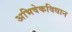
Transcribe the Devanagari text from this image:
अभिषेकविधान